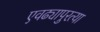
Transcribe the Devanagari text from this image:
एवढ्यापुरत्या